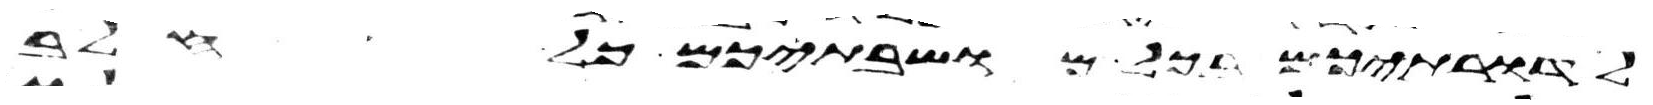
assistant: לדרתיכם בכל מושבתיכם כל חלב